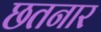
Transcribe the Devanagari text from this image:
छतनार